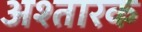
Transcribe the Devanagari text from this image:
अश्तारक